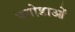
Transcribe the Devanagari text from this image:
पगोडाओं